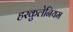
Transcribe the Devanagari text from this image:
हरकुलेनियम